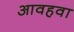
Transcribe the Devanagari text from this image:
आवहवा